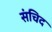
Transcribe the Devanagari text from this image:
संचिद